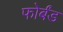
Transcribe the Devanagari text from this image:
फोर्बंड